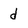
Character: d